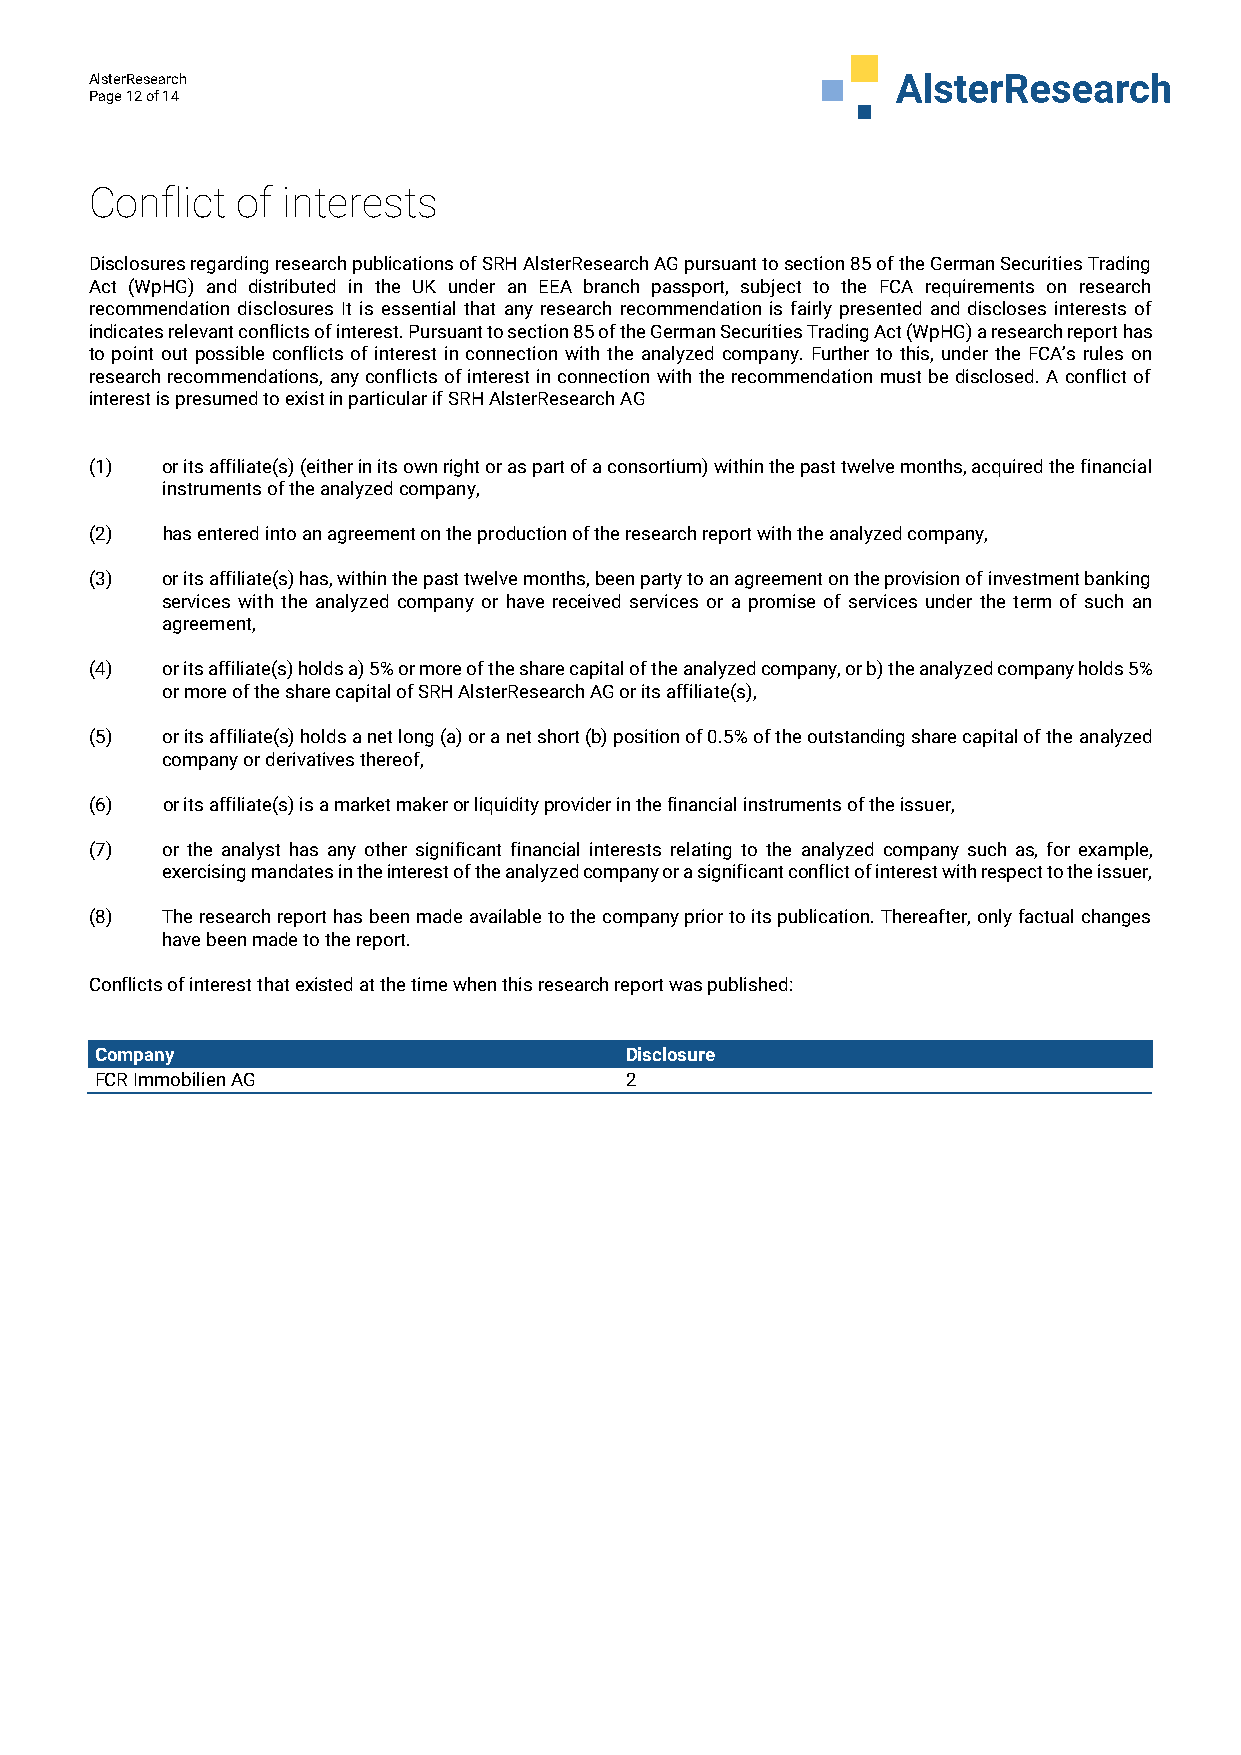
AlsterResearch
 Page 12 of 14
 Conflict  of interests
 Disclosures regarding research publications of SRH AlsterResearch AG pursuant to section 85 of the German Securities Trading
 Act (WpHG) and distributed in the UK under an EEA branch passport, subject to the FCA requirements on research
 recommendation disclosures It is essential that any research recommendation is fairly presented and discloses interests of
 indicates relevant conflicts of interest. Pursuant to section 85 of the German Securities Trading Act (WpHG) a research report has
 to point out possible conflicts of interest in connection with the analyzed company. Further to this, under the FCA’s rules on
 research recommendations, any conflicts of interest in connection with the recommendation must be disclosed. A conflict of
 interest is presumed to exist in particular if SRH AlsterResearch AG
 (1)  or its affiliate(s) (either in its own right or as part of a consortium) within the past twelve months, acquired the financial
 instruments of the analyzed company,
 (2)  has entered into an agreement on the production of the research report with the analyzed company,
 (3)  or its affiliate(s) has, within the past twelve months, been party to an agreement on the provision of investment banking
 services with the analyzed company or have received services or a promise of services under the term of such an
 agreement,
 (4)  or its affiliate(s) holds a) 5% or more of the share capital of the analyzed company, or b) the analyzed company holds 5%
 or more of the share capital of SRH AlsterResearch AG or its affiliate(s),
 (5)  or its affiliate(s) holds a net long (a) or a net short (b) position of 0.5% of the outstanding share capital of the analyzed
 company or derivatives thereof,
 (6)  or its affiliate(s) is a market maker or liquidity provider in the financial instruments of the issuer,
 (7)  or the analyst has any other significant financial interests relating to the analyzed company such as, for example,
 exercising mandates in the interest of the analyzed company or a significant conflict of interest with respect to the issuer,
 (8)  The research report has been made available to the company prior to its publication. Thereafter, only factual changes
 have been made to the report.
 Conflicts of interest that existed at the time when this research report was published:
 Company                            Disclosure
 FCR Immobilien AG                  2